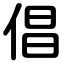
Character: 倡